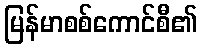
မြန်မာစစ်ကောင်စီ၏